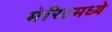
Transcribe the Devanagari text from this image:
मेरिटमध्ये